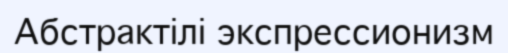
Абстрактілі экспрессионизм